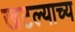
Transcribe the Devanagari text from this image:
खटल्याच्य